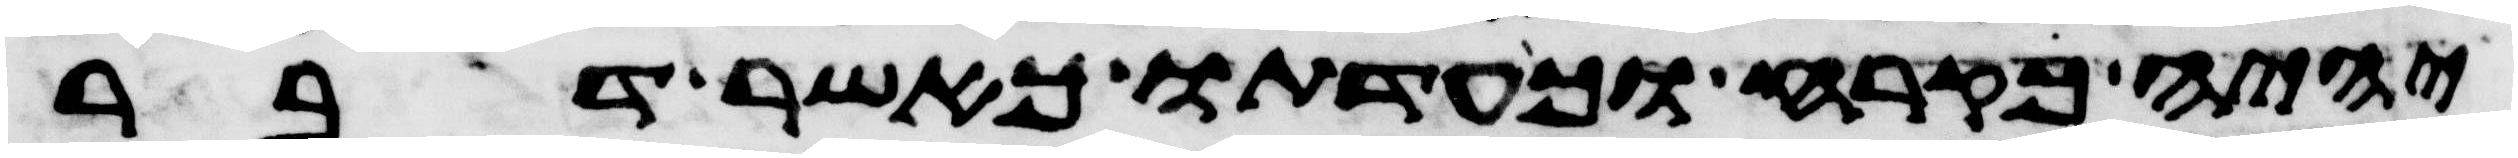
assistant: יהיה כקרח וכעדתו כאשר דבר